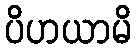
ပိဟယာမိ